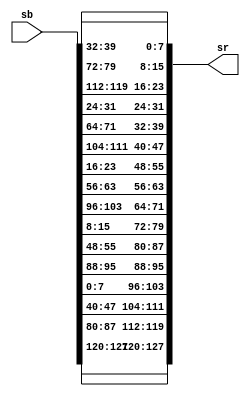
`timescale 1ns / 1ps
//////////////////////////////////////////////////////////////////////////////////
// Company: 
// Engineer: 
// 
// Design Name: 
// Module Name: ShiftRows
// Project Name: 
// Target Devices: 
// Tool Versions: 
// Description: 
// 
// Dependencies: 
// 
// Revision:
// Revision 0.01 - File Created
// Additional Comments:
// 
//////////////////////////////////////////////////////////////////////////////////


module ShiftRows(input [127:0] sb,output[127:0] sr);
assign         sr[127:120] = sb[127:120];  
assign         sr[119:112] = sb[87:80];
assign         sr[111:104] = sb[47:40];
assign         sr[103:96] = sb[7:0];
   
assign          sr[95:88] = sb[95:88];
assign          sr[87:80] = sb[55:48];
assign          sr[79:72] = sb[15:8];
assign          sr[71:64] = sb[103:96];
   
assign          sr[63:56] = sb[63:56];
assign          sr[55:48] = sb[23:16];
assign          sr[47:40] = sb[111:104];
assign          sr[39:32] = sb[71:64];
   
assign          sr[31:24] = sb[31:24];
assign          sr[23:16] = sb[119:112];
assign          sr[15:8] = sb[79:72];
assign          sr[7:0] = sb[39:32]; 
endmodule